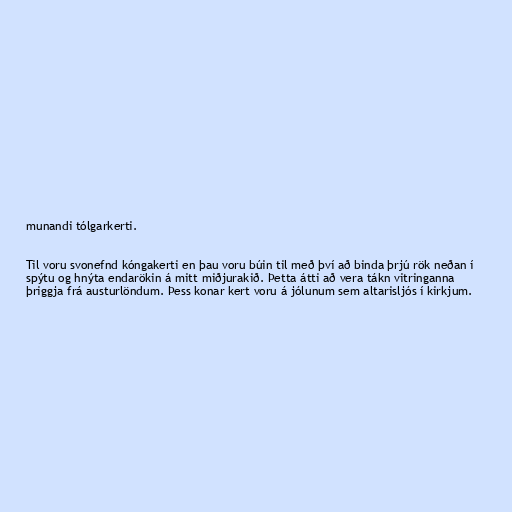
munandi tólgarkerti.

Til voru svonefnd kóngakerti en þau voru búin til með því að binda þrjú rök neðan í
spýtu og hnýta endarökin á mitt miðjurakið. Þetta átti að vera tákn vitringanna
þriggja frá austurlöndum. Þess konar kert voru á jólunum sem altarisljós í kirkjum.